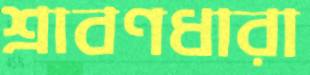
শ্রাবণধারা